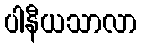
ပါနီယသာလာ